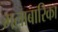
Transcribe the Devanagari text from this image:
मलाबारिका